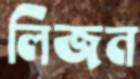
লিজন